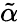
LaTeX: \tilde{\alpha}